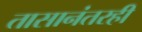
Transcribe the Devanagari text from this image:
तासानंतरही